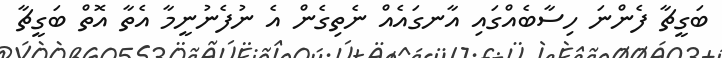
ބަގީޗާ ފެންނަ ހިސާބެއްގައި އާނގައެއް ނެތިގެން އެ ނުފެނުނީމާ އެތާ އޮތް ބަގީޗާ